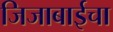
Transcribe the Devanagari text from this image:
जिजाबाईचा